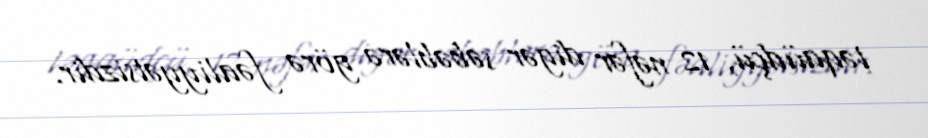
təqaüdçü, 12 nəfər digər səbəblərə görə fəaliyyətsizdir.